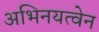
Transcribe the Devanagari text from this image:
अभिनयत्वेन